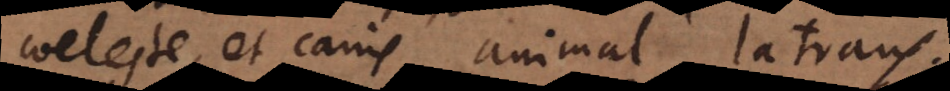
coeleste, et canis animal latrans.